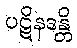
ပဋိနဒန္တိ